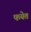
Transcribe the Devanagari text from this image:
फयेत